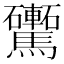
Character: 𩧕